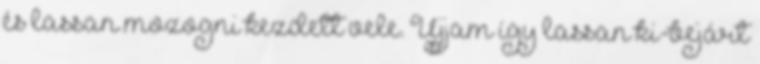
és lassan mozogni kezdett vele. Ujjam így lassan ki-bejárt